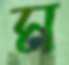
ম